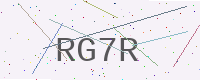
Text: RG7R